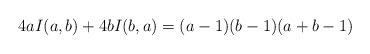
\begin{align*}4aI(a,b)+4bI(b,a)=(a-1)(b-1)(a+b-1)\end{align*}